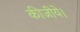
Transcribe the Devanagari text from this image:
कीजीये।